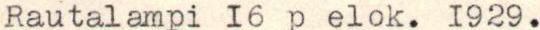
Rautalampi 16 p elok. 1929.